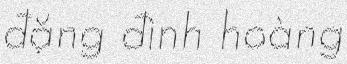
đặng đình hoàng